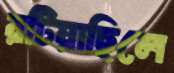
রটিয়াছিলে